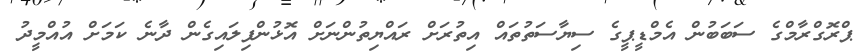
ޕްރޮގްރާމްގެ ސަބަބުން އެމްޑީޕީގެ ސިޔާސަތުތައް އިތުރަށް ރައްޔިތުންނަށް އޮޅުންފިލައިގެން ދާނެ ކަމަށް އުއްމީދު